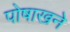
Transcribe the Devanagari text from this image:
पोषाखने